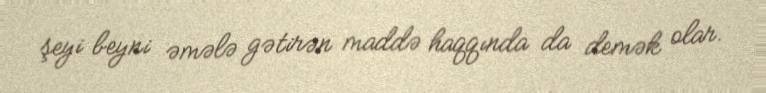
şeyi beyni əmələ gətirən maddə haqqında da demək olar.